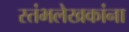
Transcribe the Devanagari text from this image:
स्तंभलेखकांना